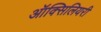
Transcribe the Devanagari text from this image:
ऑक्सिलियरी